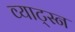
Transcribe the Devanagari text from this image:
व्याट्स्न